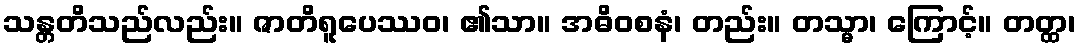
သန္တတိသည်လည်း။ ဇာတိရူပေဿဝ၊ ၏သာ။ အဓိဝစနံ၊ တည်း။ တသ္မာ၊ ကြောင့်။ တတ္ထ၊